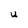
Character: U